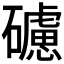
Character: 𥖼